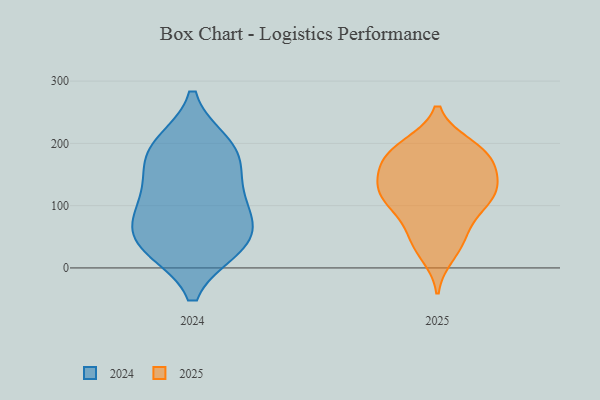
{"axis": {"x": "Bounce Rate (%)", "y": "Value"}, "legend": ["2024", "2025"], "data": [{"x": "", "y": 131, "type": "2025"}, {"x": "", "y": 100, "type": "2025"}, {"x": "", "y": 127, "type": "2025"}, {"x": "", "y": 114, "type": "2025"}, {"x": "", "y": 160, "type": "2025"}, {"x": "", "y": 100, "type": "2025"}, {"x": "", "y": 167, "type": "2025"}, {"x": "", "y": 196, "type": "2025"}, {"x": "", "y": 45, "type": "2025"}, {"x": "", "y": 124, "type": "2025"}, {"x": "", "y": 22, "type": "2025"}, {"x": "", "y": 112, "type": "2025"}, {"x": "", "y": 179, "type": "2025"}, {"x": "", "y": 194, "type": "2025"}, {"x": "", "y": 68, "type": "2025"}, {"x": "", "y": 144, "type": "2025"}, {"x": "", "y": 175, "type": "2025"}, {"x": "", "y": 42, "type": "2025"}, {"x": "", "y": 192, "type": "2025"}, {"x": "", "y": 34, "type": "2024"}, {"x": "", "y": 111, "type": "2024"}, {"x": "", "y": 177, "type": "2024"}, {"x": "", "y": 195, "type": "2024"}, {"x": "", "y": 104, "type": "2024"}, {"x": "", "y": 82, "type": "2024"}, {"x": "", "y": 58, "type": "2024"}, {"x": "", "y": 33, "type": "2024"}, {"x": "", "y": 157, "type": "2024"}, {"x": "", "y": 198, "type": "2024"}, {"x": "", "y": 37, "type": "2024"}]}